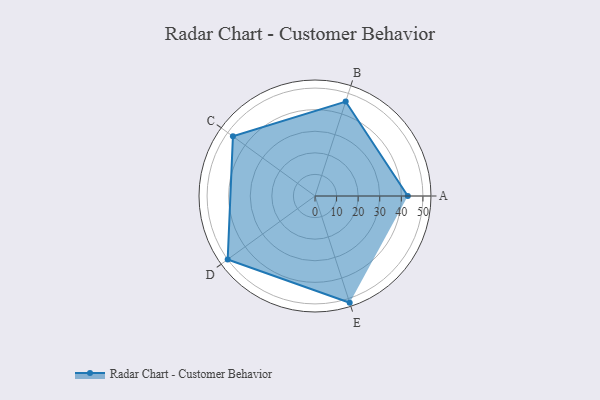
{"axis": {"x": "Skill", "y": "Score"}, "legend": ["Profile"], "data": [{"x": "A", "y": 43.0, "type": "Profile"}, {"x": "B", "y": 46.0, "type": "Profile"}, {"x": "C", "y": 47.0, "type": "Profile"}, {"x": "D", "y": 50.0, "type": "Profile"}, {"x": "E", "y": 52.0, "type": "Profile"}]}